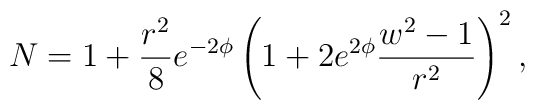
N=1+\frac{r^{2}}{8}e^{-2\phi }\left(1+2e^{2\phi }\frac{w^{2}-1}{r^2}\right)^2,